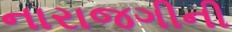
નારાજગીની